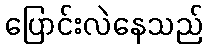
ပြောင်းလဲနေသည်